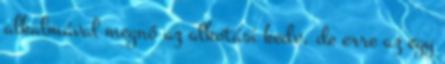
alkalmával megnő az alkotási kedv, de erre az egy